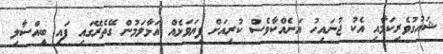
ޝައުގުވެރިކަމާއި އެކު ޖުނައިހު އަނެއްކާވެސް ކުރިއަށް ފިޔަވަޅެއް އަޅާލަމުން ގޭތެރޭގައި ފައި ބީއްސާލި